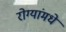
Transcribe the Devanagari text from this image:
रोग्यांमधे